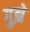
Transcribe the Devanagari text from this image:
गुझे